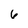
Character: 6